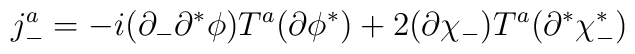
j^a_- = -i (\partial_- \partial^* \phi) T^a (\partial \phi^*) +         2 (\partial \chi_-) T^a (\partial^* \chi^*_-)